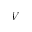
V